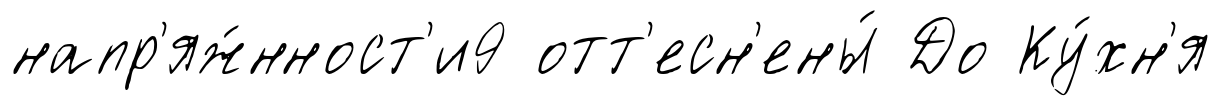
напр'яж́нност'и9 отт'есн'ены́ До Ку́хн'я